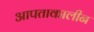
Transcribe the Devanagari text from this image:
आपताकालीन